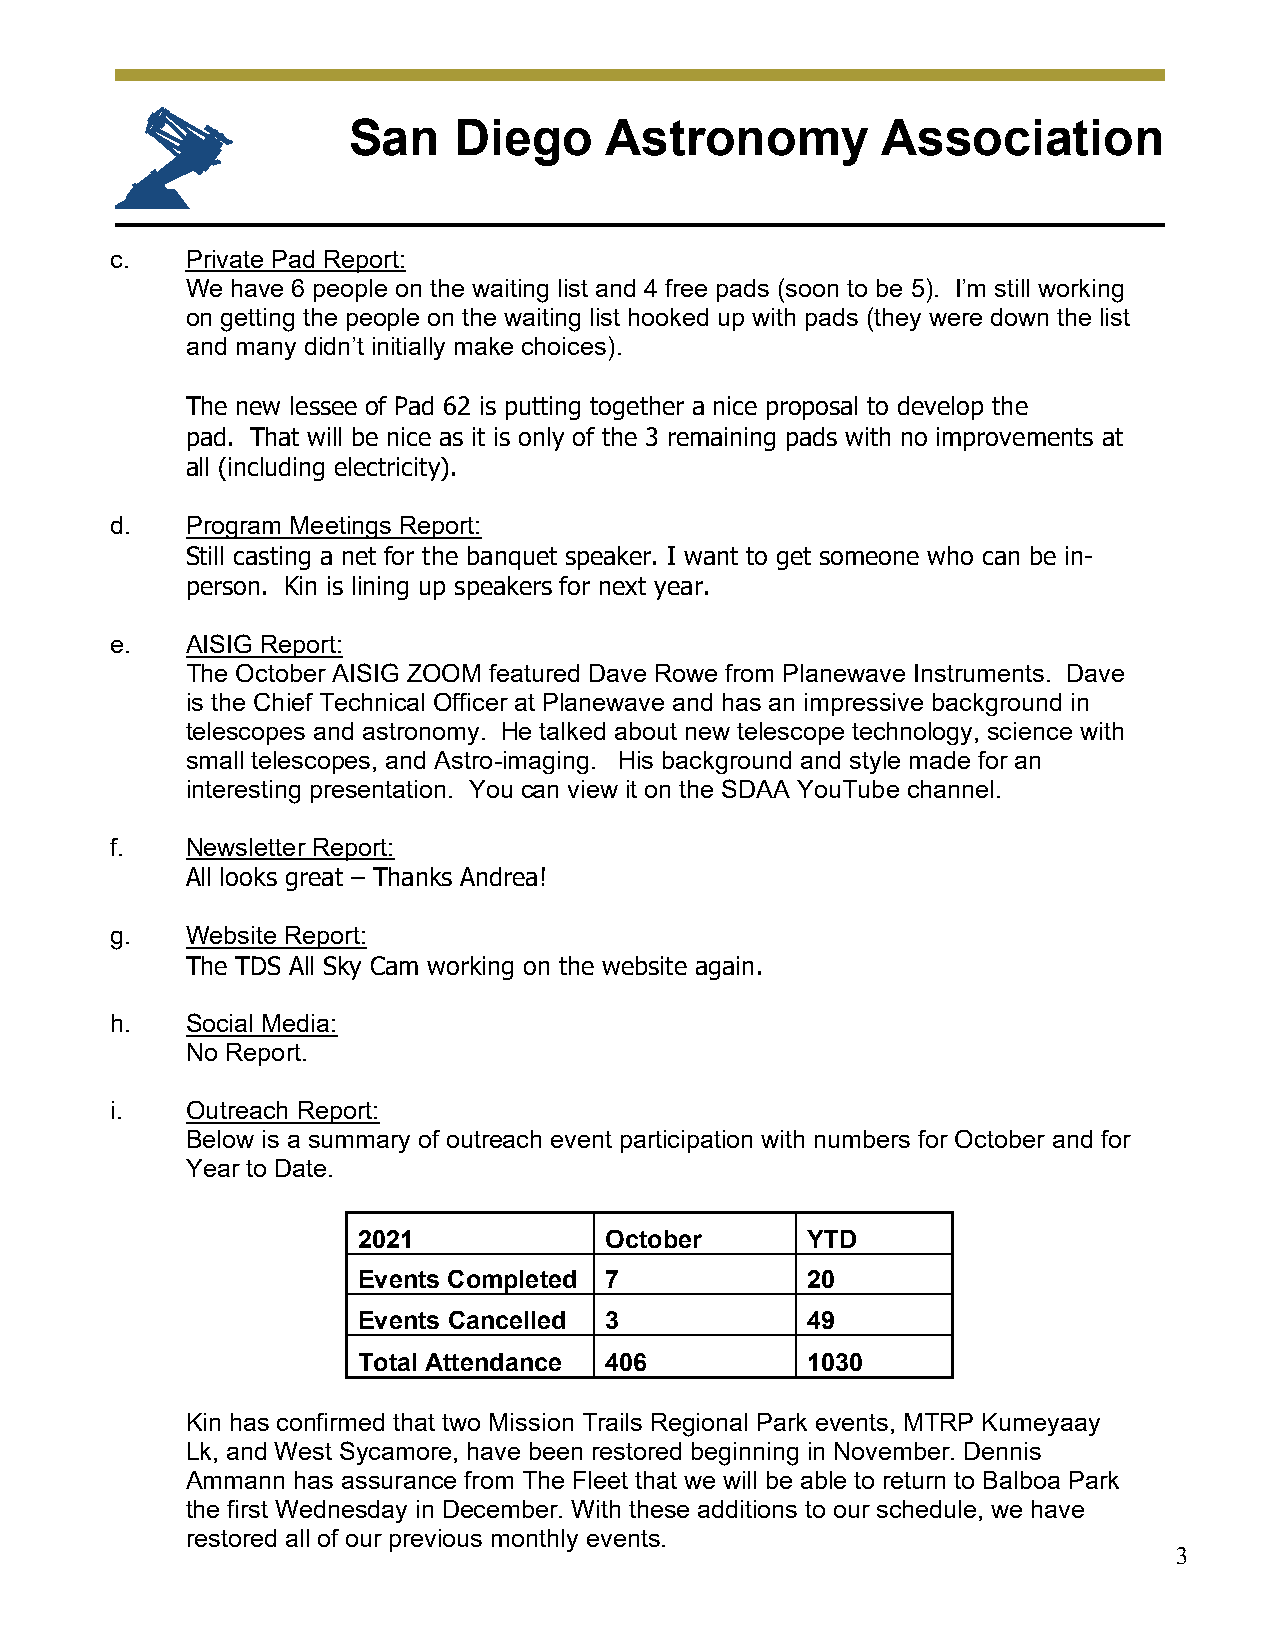
San    Diego     Astronomy         Association
 c.   Private Pad Report:
 We have 6 people on the waiting list and 4 free pads (soon to be 5). I’m still working
 on getting the people on the waiting list hooked up with pads (they were down the list
 and many didn’t initially make choices).
 The new lessee of Pad 62 is putting together a nice proposal to develop the
 pad. That will be nice as it is only of the 3 remaining pads with no improvements at
 all (including electricity).
 d.   Program Meetings Report:
 Still casting a net for the banquet speaker. I want to get someone who can be in-
 person. Kin is lining up speakers for next year.
 e.   AISIG Report:
 The October AISIG ZOOM featured Dave Rowe from Planewave Instruments. Dave
 is the Chief Technical Officer at Planewave and has an impressive background in
 telescopes and astronomy. He talked about new telescope technology, science with
 small telescopes, and Astro-imaging. His background and style made for an
 interesting presentation. You can view it on the SDAA YouTube channel.
 f.   Newsletter Report:
 All looks great – Thanks Andrea!
 g.   Website Report:
 The TDS All Sky Cam working on the website again.
 h.   Social Media:
 No Report.
 i.   Outreach Report:
 Below is a summary of outreach event participation with numbers for October and for
 Year to Date.
 2021            October      YTD
 Events Completed 7           20
 Events Cancelled 3           49
 Total Attendance 406         1030
 Kin has confirmed that two Mission Trails Regional Park events, MTRP Kumeyaay
 Lk, and West Sycamore, have been restored beginning in November. Dennis
 Ammann has assurance from The Fleet that we will be able to return to Balboa Park
 the first Wednesday in December. With these additions to our schedule, we have
 restored all of our previous monthly events.
 3